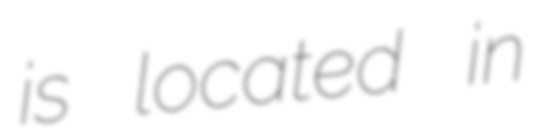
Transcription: is located in